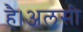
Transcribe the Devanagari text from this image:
है।अलसी